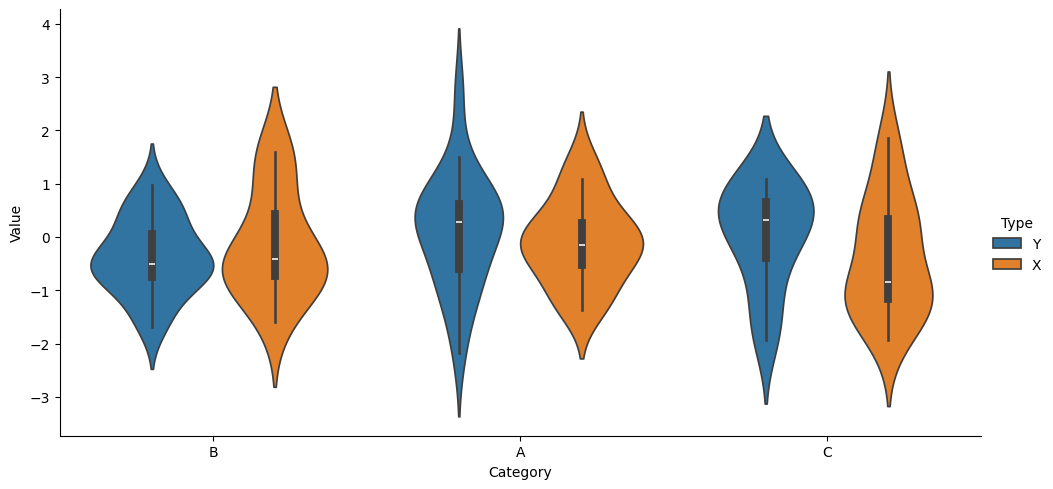
python, seaborn, catplot, kind='violin', height=5, aspect=2